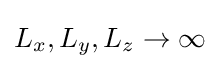
L_{x},L_{y},L_{z}\to \infty